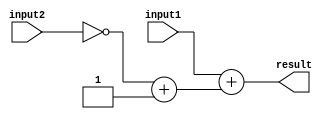
module fixed_point_subtractor (
    input [15:0] input1,
    input [15:0] input2,
    output reg [15:0] result
);

reg [15:0] input2_neg;
wire [15:0] input2_shifted;
reg [15:0] sum;
reg carry_out;

assign input2_neg = ~input2 + 1;

assign input2_shifted = {16'b0, input2_neg};

always @(input1, input2) begin
    sum = input1 + input2_shifted;
    carry_out = sum[16];
    if (input1[15] == input2[15]) begin
        result = sum[15:0];
    end else begin
        if (carry_out) begin
            result = sum[15:1];
        end else begin
            result = sum[15:0];
        end
    end
end

endmodule